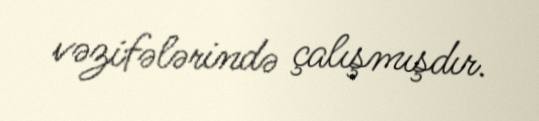
vəzifələrində çalışmışdır.